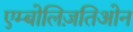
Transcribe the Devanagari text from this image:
एम्बोलिज़तिओन